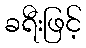
ခရီးဖြင့်